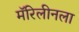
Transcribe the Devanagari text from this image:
मॅरिलीनला